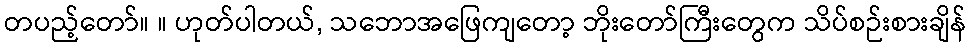
တပည့်တော်။ ။ ဟုတ်ပါတယ်, သဘောအဖြေကျတော့ ဘိုးတော်ကြီးတွေက သိပ်စဉ်းစားချိန်